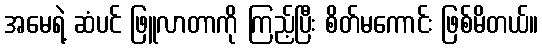
အမေရဲ့ ဆံပင် ဖြူလာတာကို ကြည့်ပြီး စိတ်မကောင်း ဖြစ်မိတယ်။